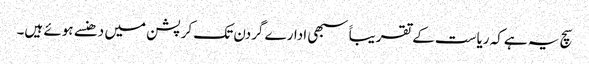
سچ یہ ہےکہ ریاست کے تقریباََ سبھی ادارے گردن تک کرپشن میں دھنسے ہوئے ہیں۔